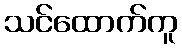
သင်ထောက်ကူ